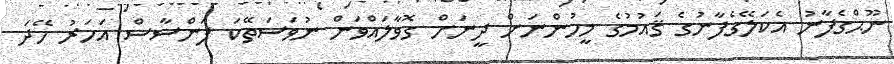
ނޫޙްގެފާނު އެކަލޭގެފާނުގެ ޤައުމުގެ މީހުންނަށް ދީނަށް ގޮވާލައްވަން ނުވަސަތޭކަ ފަންސާސް އަހަރު ހޭދަ